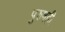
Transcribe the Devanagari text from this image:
पुरुषही